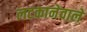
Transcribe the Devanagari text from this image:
लटकानेवाले